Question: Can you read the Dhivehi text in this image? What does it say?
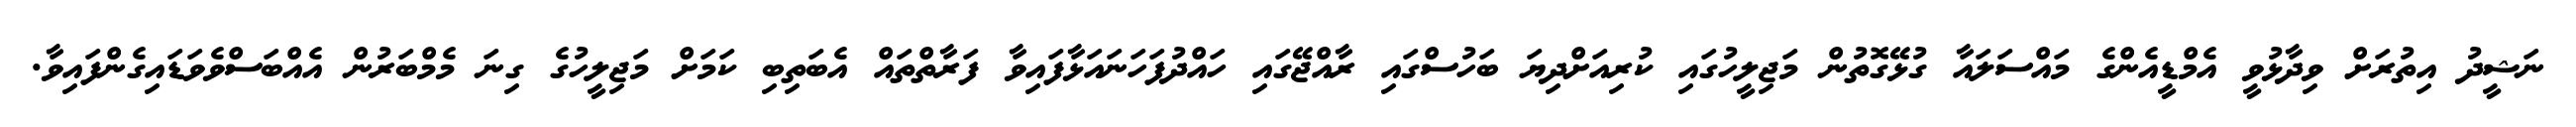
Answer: ނަޝީދު އިތުރަށް ވިދާޅުވީ އެމްޑީއެންގެ މައްސަލައާ ގުޅޭގޮތުން މަޖިލީހުގައި ކުރިއަށްދިޔަ ބަހުސްގައި ރާއްޖޭގައި ހައްދުފަހަނައަޅާފައިވާ ފަރާތްތައް އެބަތިބި ކަމަށް މަޖިލީހުގެ ގިނަ މެމްބަރުން އެއްބަސްވެވަޑައިގެންފައިވާ.